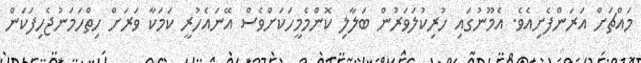
މައްޗަށް އަރަންފެށިއެވެ. އެމޫނުގައި ހުރިކުލަވަރުން ބަލާލި ކޮންމެމީހަކަށްވެސް އޭނައެހުރީ ކަމަކާ ވަރަށް ހިތްހަމަނުޖެހިފަކަން